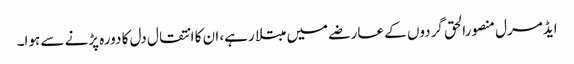
ایڈمرل منصورالحق گردوں کے عارضے میں مبتلا رہے، ان کا انتقال دل کا دورہ پڑنے سے ہوا۔